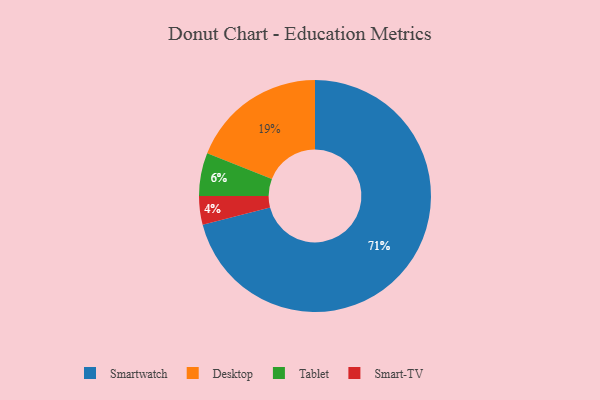
{"axis": {"x": "Category", "y": "Percentage"}, "legend": ["Desktop", "Smart-TV", "Smartwatch", "Tablet"], "data": [{"x": "Smartwatch", "y": 71, "type": "Smartwatch"}, {"x": "Smart-TV", "y": 4, "type": "Smart-TV"}, {"x": "Desktop", "y": 19, "type": "Desktop"}, {"x": "Tablet", "y": 6, "type": "Tablet"}]}